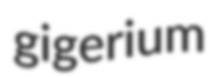
gigerium